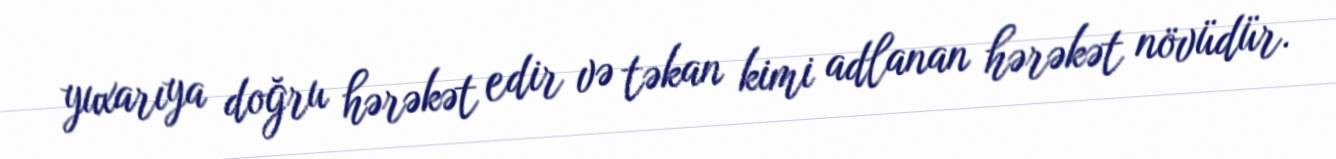
yuxarıya doğru hərəkət edir və təkan kimi adlanan hərəkət növüdür.